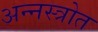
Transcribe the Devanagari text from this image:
अन्नस्त्रोत